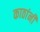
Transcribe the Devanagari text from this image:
काठांनी